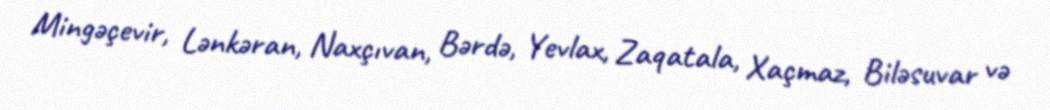
Mingəçevir, Lənkəran, Naxçıvan, Bərdə, Yevlax, Zaqatala, Xaçmaz, Biləsuvar və